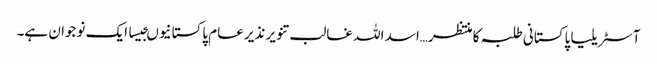
آسٹریلیا پاکستانی طلبہ کا منتظر…اسد اللہ غالب تنویر نذیر عام پاکستانیوںجیسا ایک نوجوان ہے۔